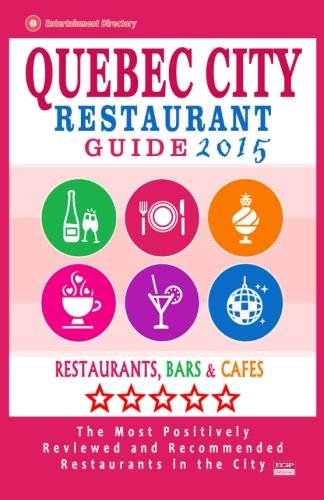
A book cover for Quebec City Restaurant Guide 2015: Best Rated Restaurants in Quebec City, Canada - 400 restaurants, bars and cafÃ©s recommended for visitors, 2015.; William S. Sutherland; Travel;